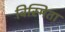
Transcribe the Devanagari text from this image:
विस्मिता